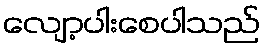
လျော့ပါးစေပါသည်